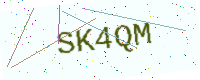
Text: SK4QM